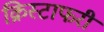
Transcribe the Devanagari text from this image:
क्रिस्टाफरी